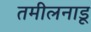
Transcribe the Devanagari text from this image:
तमीलनाडू